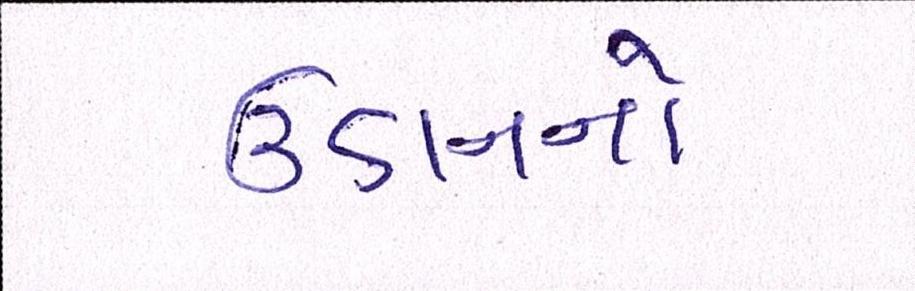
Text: ઉડાનનો